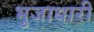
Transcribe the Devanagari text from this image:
भुजाधारी